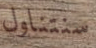
سنتناول